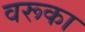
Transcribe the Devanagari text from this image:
वरूका